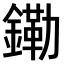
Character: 𫓀